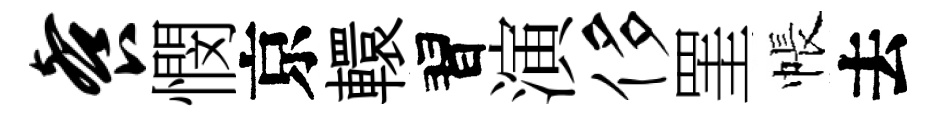
餐憫京轘習演侈罣帳去